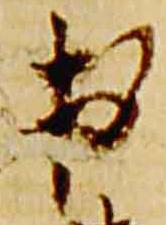
出